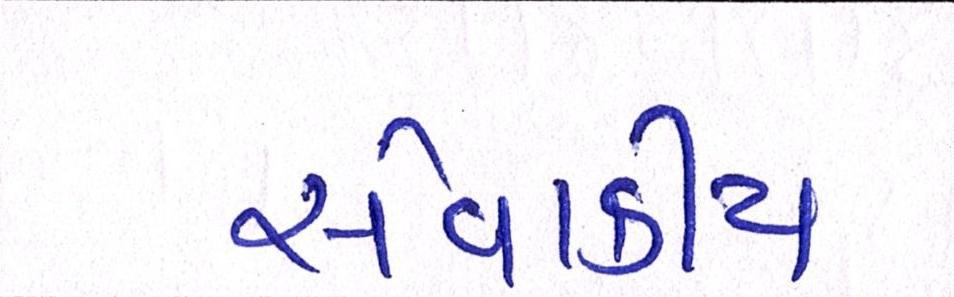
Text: સેવાકીય